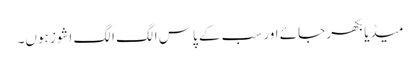
میڈیا بکھر جائے اور سب کے پاس الگ الگ اشوز ہوں۔